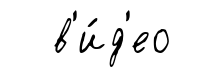
в'и́д'ео